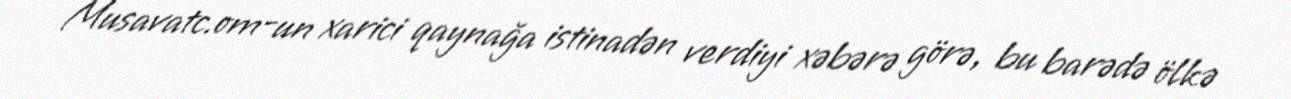
Musavatc.om-un xarici qaynağa istinadən verdiyi xəbərə görə, bu barədə ölkə